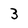
Character: 3